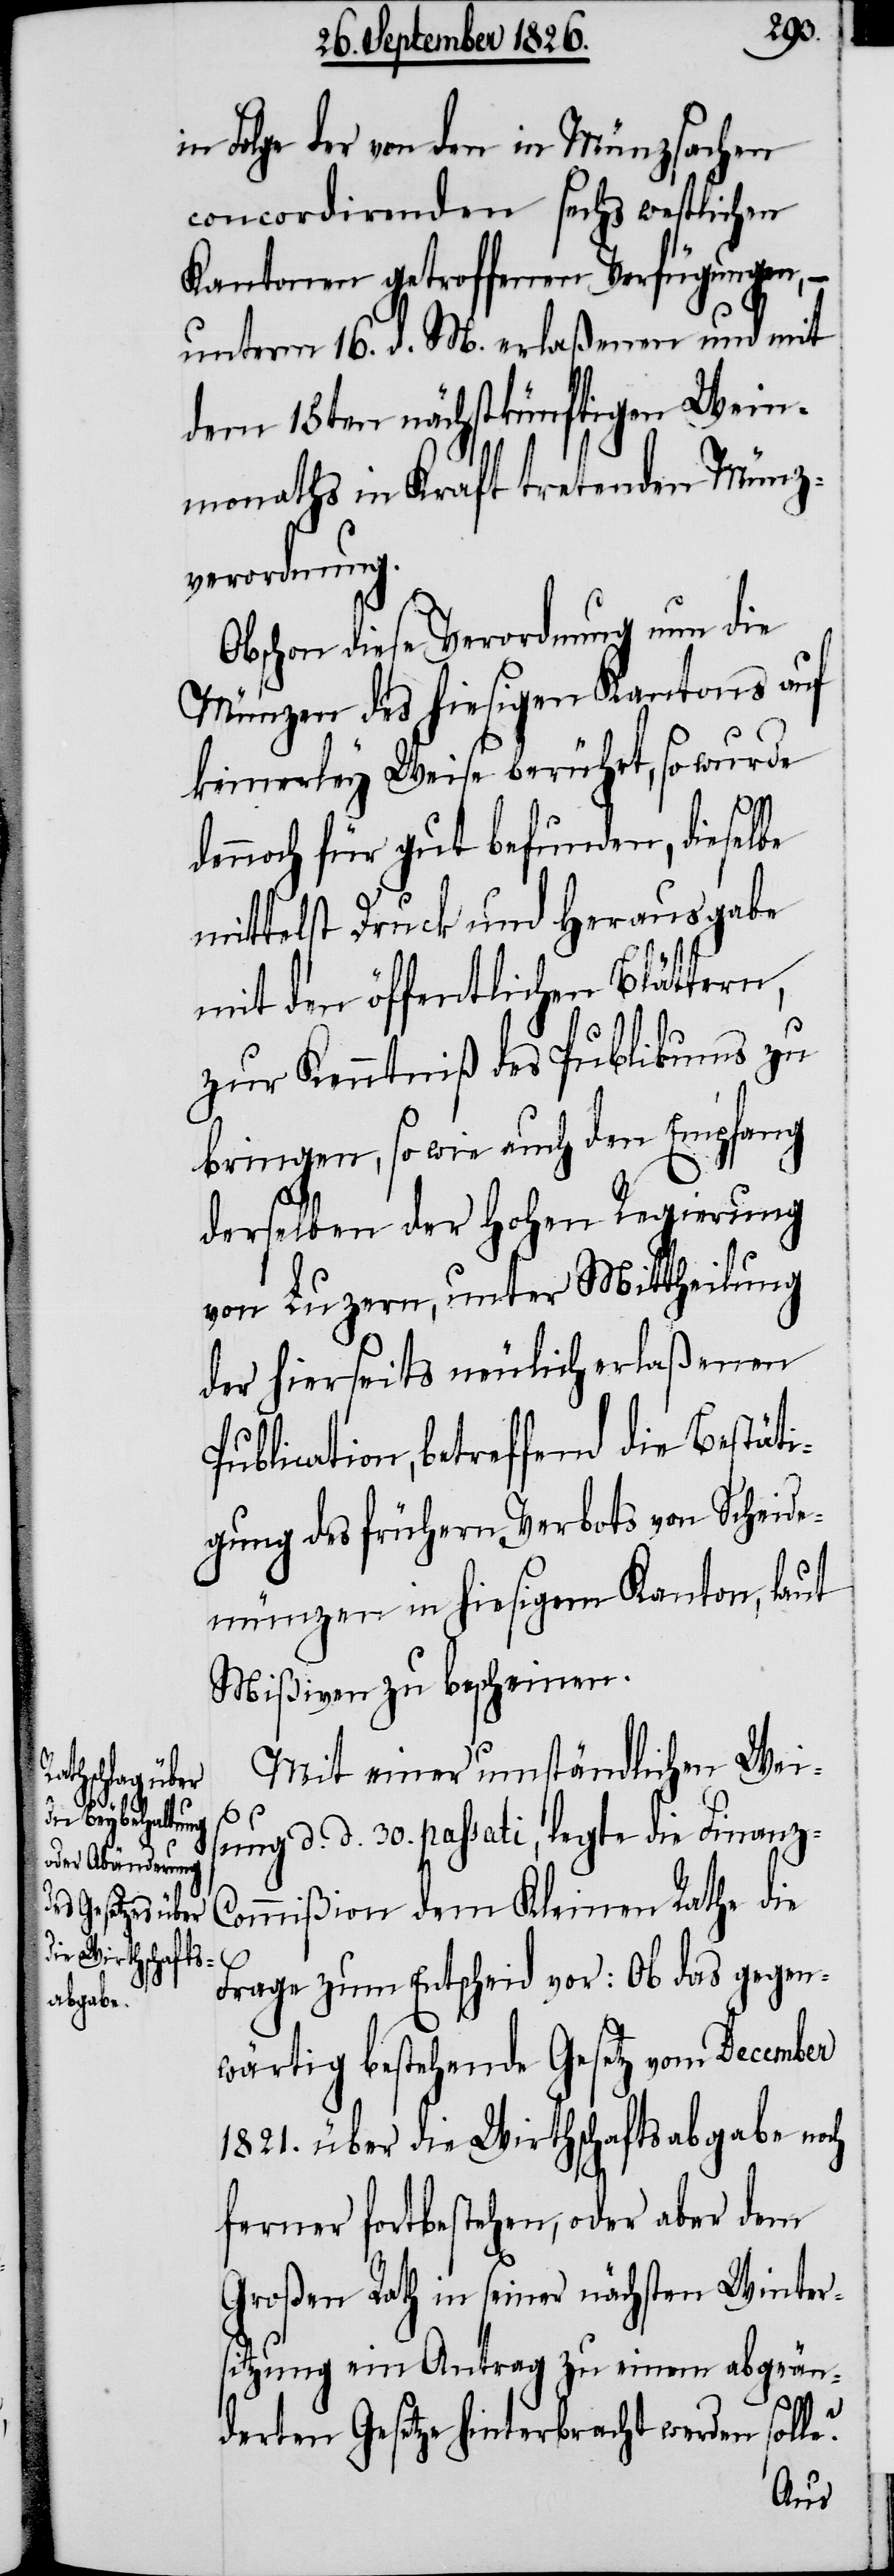
in Folge der von den in Münzsachen
concordirenden sechs westlichen
Kantonen getroffenen Verfügung, –
unterm 16. d. M. erlaßenen und mit
dem 15ten nächstkünftigen Wein¬
monaths in Kraft tretenden Münz¬
verordnung.
Obschon diese Verordnung nun die
Münzen des hiesigen Kantons auf
keinerley Weise berührt, so wurde
dennoch für gut befunden, dieselbe
mittelst Druck und Herausgabe
mit den öffentlichen Blättern,
zur Kenntniß des Publikums zu
bringen, so wie auch den Empfang
derselben der hohen Regierung
von Luzern, unter Mittheilung
der hierseits neulich erlaßenen
Publication, betreffend die Bestäti¬
gung des frühern Verbots von Scheide¬
münzen in hiesigem Kanton, laut
Mißiven zu bescheinen.
Mit einer umständlichen Wei¬
sung d. d. 30. passati, legte die Finanz-C¬
ommißion dem Kleinen Rathe die
Frage zum Entscheid vor: ob das gegen¬
wärtig bestehende Gesetz vom December
1821. über die Wirthschaftsabgabe noch
ferner fortbestehen, oder aber dem
Großen Rath in seiner nächsten Winter¬
sitzung ein Antrag zu einem abgeän¬
derten Gesetze hinterbracht werden solle?